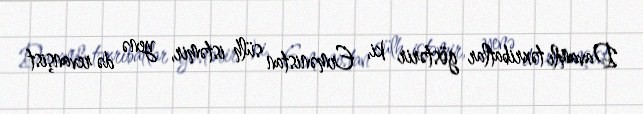
Davamlı təxribatlar göstərir ki, Ermənistan sülh istəmir, yenə də revanşist